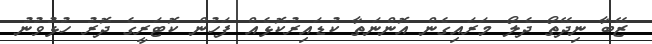
ޒޭބާ ނިދޭތޯ ދެލޯ މަރައިގެން އޮންނަތާ ކުޑައިރުކޮޅެއް ފަހުން ކޮޓަރީގެ ދޮރު ހުޅުވުނު